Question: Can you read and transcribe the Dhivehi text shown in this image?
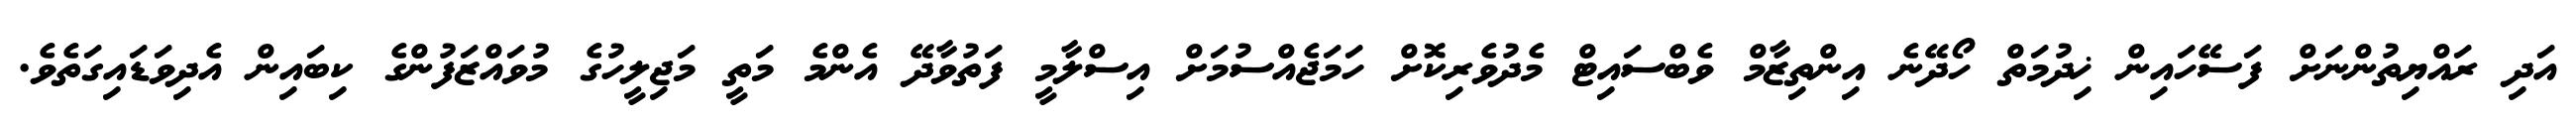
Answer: އަދި ރައްޔިތުންނަށް ފަސޭހައިން ޚިދުމަތް ހޯދޭނެ އިންތިޒާމް ވެބްސައިޓް މެދުވެރިކޮށް ހަމަޖެއްސުމަށް އިސްލާމީ ފަތުވާދޭ އެންމެ މަތީ މަޖިލީހުގެ މުވައްޒަފުންގެ ކިބައިން އެދިވަޑައިގަތެވެ.